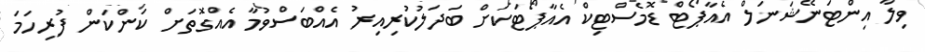
ވިލާ އިންޓަނޭޝަނަލް އެއާޕޯޓް ޑޮމެސްޓިކް އެއާޕޯޓަކަށް ބަދަލުކުރިއިރު އެއްބަސްވުމާ އެއްގޮތަށް ކަންކަން ފުރިހަމަ